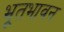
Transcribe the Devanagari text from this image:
भूतभावन